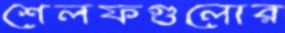
শেলফগুলোর